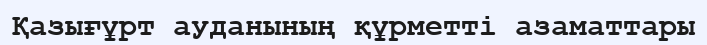
Қазығұрт ауданының құрметті азаматтары